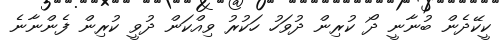
ކީކޭދެން ބުނާނީ ދޯ ކުރިން ދުވަހު ހަކުރު ވިއްކަން ދުވީ ކުރިން ފެންނާނެ